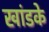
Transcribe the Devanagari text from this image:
खांडके